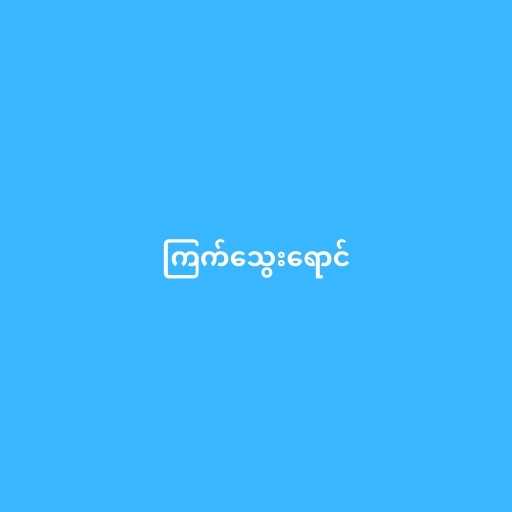
ကြက်သွေးရောင်